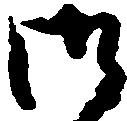
御